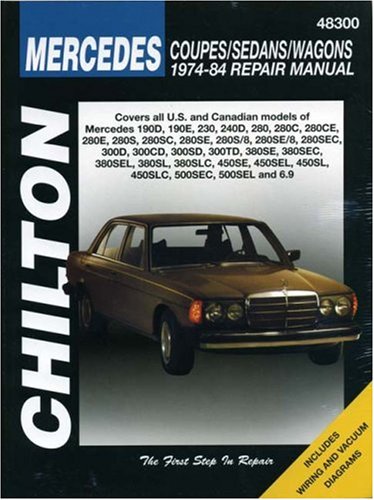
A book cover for Mercedes Coupes, Sedans, and Wagons, 1974-84 Repair Manuals (Chilton Total Car Care Automotive Repair Manuals); Thomas A. Mellon; Engineering & Transportation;